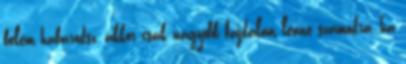
belém habarodsz, akkor csak nagyobb fájdalom lenne számodra, ha